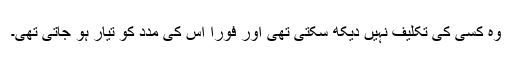
وہ کسی کی تکلیف نہیں دیکھ سکتی تھی اور فوراََ اس کی مدد کو تیار ہو جاتی تھی۔